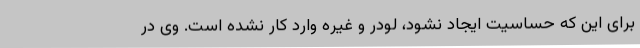
برای این که حساسیت ایجاد نشود، لودر و غیره وارد کار نشده است. وی در